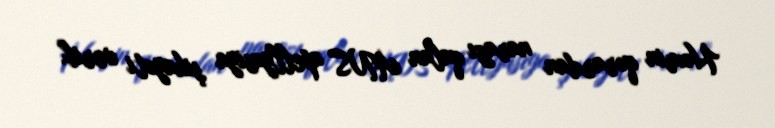
Həmin qərardan narazı qalan ANS apellyasiya şikayəti verib.